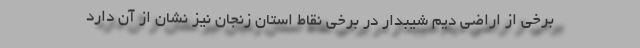
برخی از اراضی دیم شیبدار در برخی نقاط استان زنجان نیز نشان از آن دارد